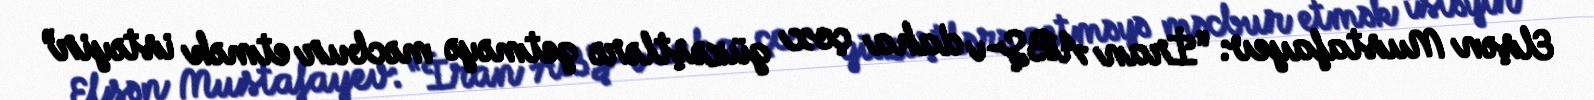
Elşən Mustafayev: “İran ABŞ-ı daha çox güzəştlərə getməyə məcbur etmək istəyir”